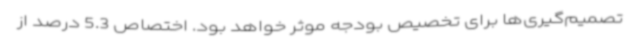
تصمیم‌گیری‌ها برای تخصیص بودجه موثر خواهد بود. اختصاص 5.3 درصد از